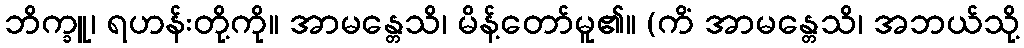
ဘိက္ခူ၊ ရဟန်းတို့ကို။ အာမန္တေသိ၊ မိန့်တော်မူ၏။ (ကိံ အာမန္တေသိ၊ အဘယ်သို့